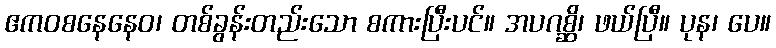
ဧကဝစနေနေဝ၊ တစ်ခွန်းတည်းသော စကားပြီးပင်။ အပဂစ္ဆိ၊ ဖယ်ပြီ။ ပုန၊ ပေ။